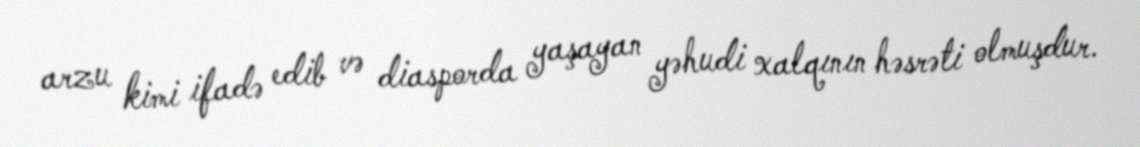
arzu kimi ifadə edib və diasporda yaşayan yəhudi xalqının həsrəti olmuşdur.